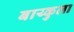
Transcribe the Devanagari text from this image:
बाय्कुला